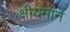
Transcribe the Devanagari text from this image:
क्षीयमान